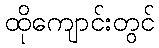
ထိုကျောင်းတွင်